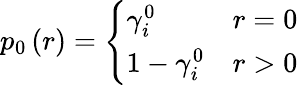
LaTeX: p_{0}\left(r\right)=\left\{ \begin{array}{ll}{\gamma_{i}^{0}}&{r=0}\\ {1-\gamma_{i}^{0}}&{r>0}\end{array}\right.